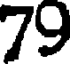
79